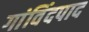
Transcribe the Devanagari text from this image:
गांविंदपाद